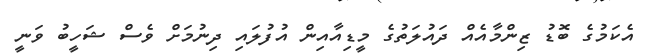
އެކަމުގެ ބޮޑު ޒިންމާއެއް ދައުލަތުގެ މީޑިއާއިން އުފުލައި ދިނުމަށް ވެސް ޝަހީބު ވަނީ